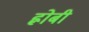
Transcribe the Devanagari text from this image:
ह्नोबी